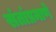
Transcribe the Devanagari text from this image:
संतांप्रमाणे